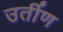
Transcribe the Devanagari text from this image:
उर्तीण